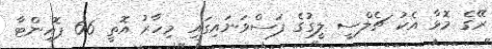
ރޭގެ މޮޅާ އެކު ޗެލްސީ ލީގުގެ ފަސްވަނައިގައި މިހާރު އޮތީ 66 ޕޮއިންޓާ